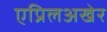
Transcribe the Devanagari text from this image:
एप्रिलअखेर